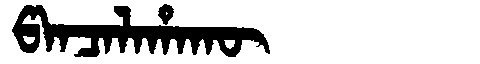
Manchu: ᡦᠠᠨᠴᠠᠯᠠᡥᠠᡴᡡ
Romanization: PANCALAHAKŪ